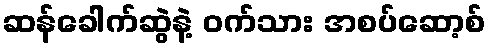
ဆန်ခေါက်ဆွဲနဲ့ ဝက်သား အစပ်ဆော့စ်